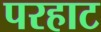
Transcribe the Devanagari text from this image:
परहाट